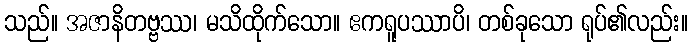
သည်။ အဇာနိတဗ္ဗဿ၊ မသိထိုက်သော။ ဧကရူပဿာပိ၊ တစ်ခုသော ရုပ်၏လည်း။